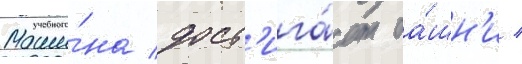
Маши́на дост'ига́ет ба́шн'и /